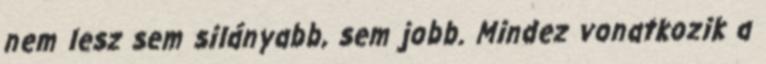
nem lesz sem silányabb, sem jobb. Mindez vonatkozik a